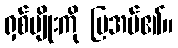
ရှစ်မျိုးကို ပြအပ်၏။